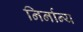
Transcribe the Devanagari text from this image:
निर्नान्य